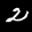
Label: 2